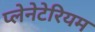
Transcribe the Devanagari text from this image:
प्‍लेनेटेरियम